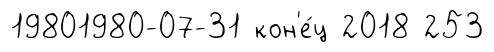
19801980-07-31 кон'е́ц 2018 253